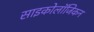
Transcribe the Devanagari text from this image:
साइकोलॉजिकन